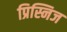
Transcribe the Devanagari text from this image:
प्रिस्निज